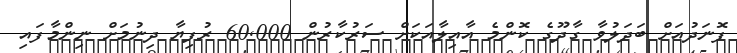
ފޮނަދުއަށް ބަދަލުވާ ގާދޫގެ ކޮންމެ އާއިލާއަކަށް ސަރުކާރުން 60